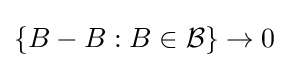
\{B-B:B\in {\mathcal {B}}\}\to 0